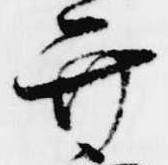
弁